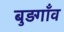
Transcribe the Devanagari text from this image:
बुड़गाँव